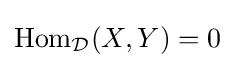
\operatorname {Hom} _{\mathcal {D}}(X,Y)=0